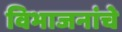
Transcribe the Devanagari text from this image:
विभाजनांचे